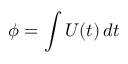
\ensuremath { \phi } = \int U ( t ) \, d t